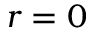
r = 0